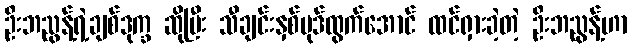
ဦးဘညွန့်ရဲ့ချစ်ဒုက္ခ ဆိုပြီး သီချင်းနှစ်ပုဒ်ထွက်အောင် ထင်ရှားခဲ့တဲ့ ဦးဘညွန့်ဟာ